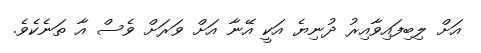
އަށް ލިބިފައިވާއިރު ދުނިޔެ އަކީ އޭނާ އަށް ވަރަށް ވެސް އާ ތަނެކެވެ.